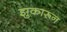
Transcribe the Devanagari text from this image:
झुकारून